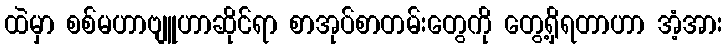
ထဲမှာ စစ်မဟာဗျူဟာဆိုင်ရာ စာအုပ်စာတမ်းတွေကို တွေ့ရှိရတာဟာ အံ့အား